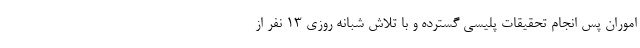
اموران پس انجام تحقیقات پلیسی گسترده و با تلاش شبانه روزی ۱۳ نفر از